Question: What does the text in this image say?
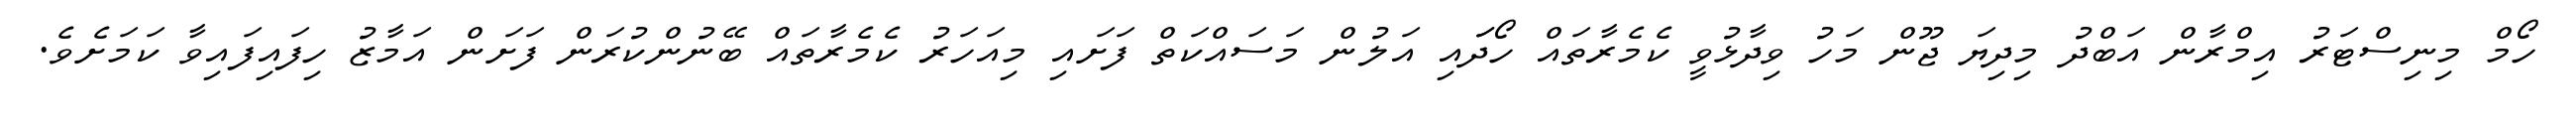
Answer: ހޯމް މިނިސްޓަރު އިމްރާން އަބްދު މިދިޔަ ޖޫން މަހު ވިދާޅުވީ ކެމެރާތައް ހޯދަައި އަލުން މަސައްކަތް ފަށައި މިއަހަރު ކެމެރާތައް ބޭނުންކުރަން ފަށަން އަމާޒު ހިފައިފައިވާ ކަމަށެވެ.